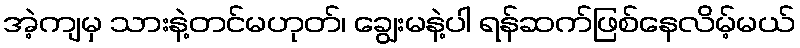
အဲ့ကျမှ သားနဲ့တင်မဟုတ်၊ ချွေးမနဲ့ပါ ရန်ဆက်ဖြစ်နေလိမ့်မယ်